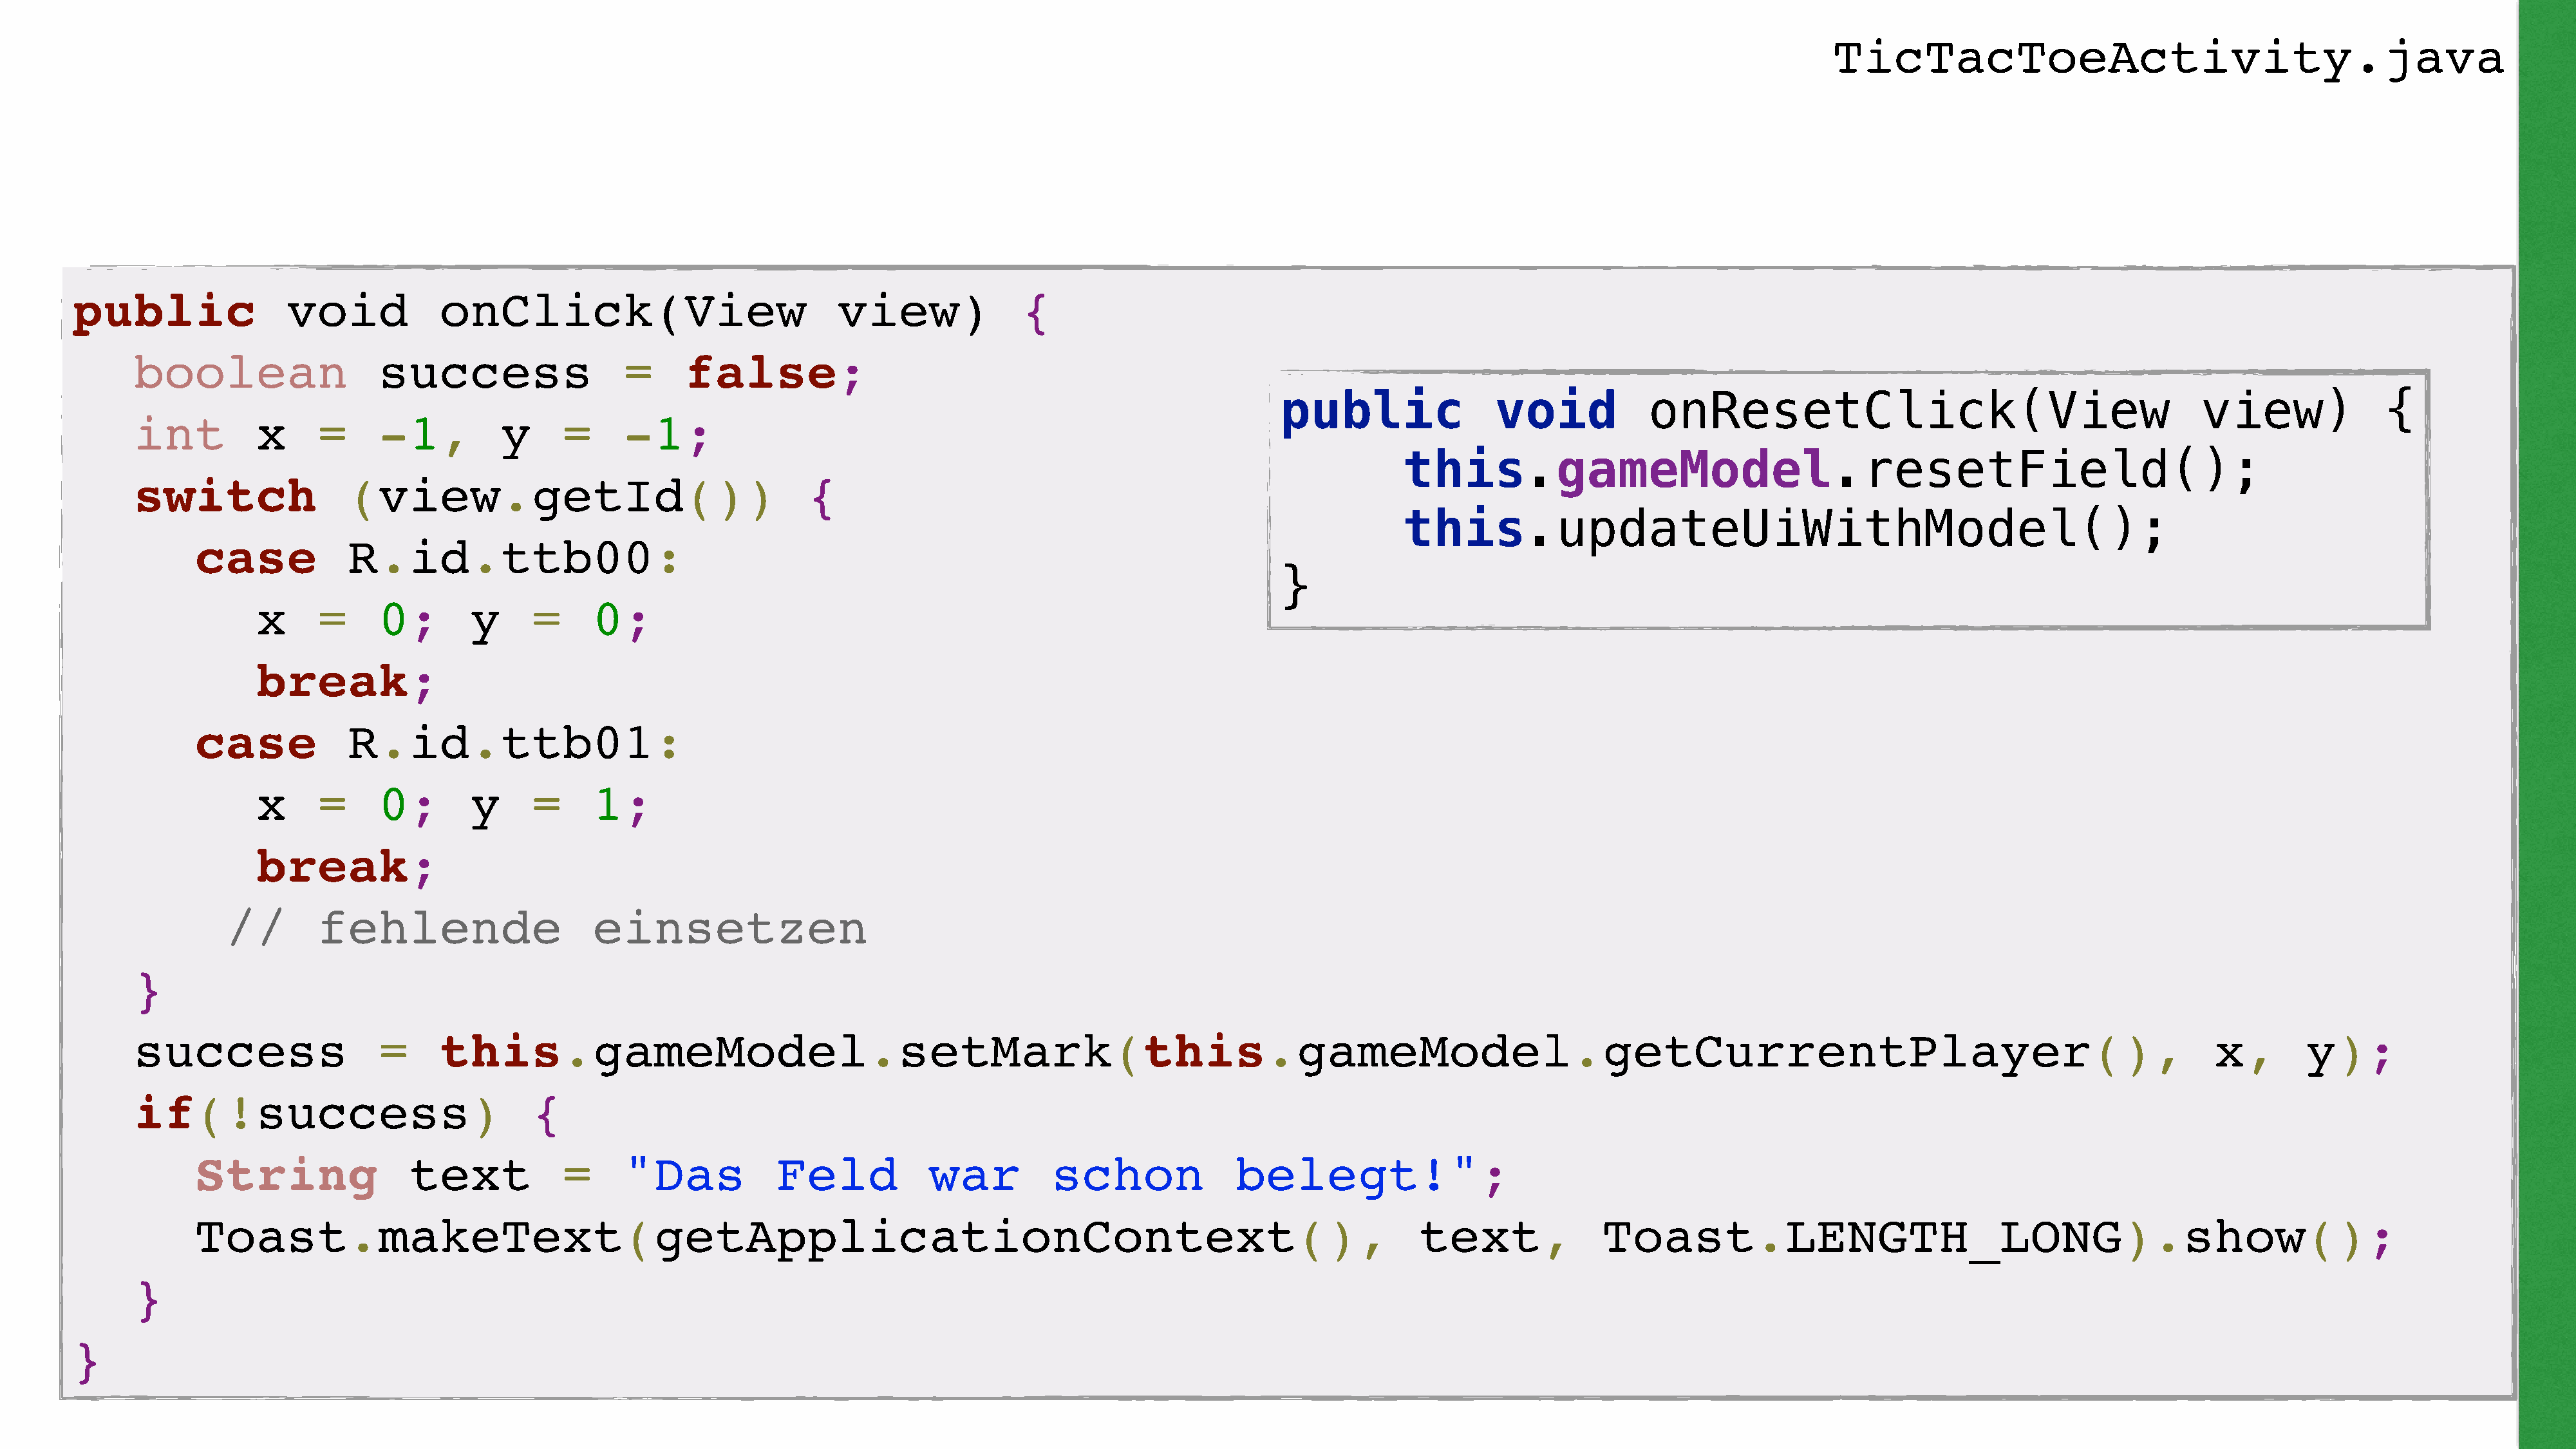
TicTacToeActivity.java
 public                void            onClick(View                             view)              {
 boolean                  success                  =     false;
 public                void           onResetClick(View                                        view)              {
 int         x      =     -1,         y      =     -1;
 this.gameModel.resetField();
 switch                (view.getId())                                 {
 this.updateUiWithModel();
 case            R.id.ttb00:
 }
 x      =     0;       y      =     0;
 break;
 case            R.id.ttb01:
 x      =     0;       y      =     1;
 break;
 //        fehlende                    einsetzen
 }
 success                  =     this.gameModel.setMark(this.gameModel.getCurrentPlayer(),                                                                                                                              x,       y);
 if(!success)                             {
 String                text            =     "Das            Feld            war         schon              belegt!";
 Toast.makeText(getApplicationContext(),                                                                                       text,              Toast.LENGTH_LONG).show();
 }
 }